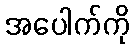
အပေါက်ကို